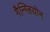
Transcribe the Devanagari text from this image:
गैन्ग्लियोन